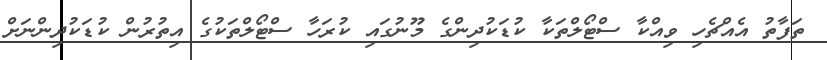
ތަފާތު އެއްޗެހި ވިއްކާ ސްޓޯލްތަކާ ކުޑަކުދިންގެ މޫނުގައި ކުރަހާ ސްޓޯލްތަކުގެ އިތުރުން ކުޑަކުދިންނަށް